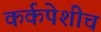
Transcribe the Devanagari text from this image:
कर्कपेशीच